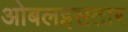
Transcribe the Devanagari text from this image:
ओबलइसतार